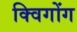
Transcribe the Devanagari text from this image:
क्विगोंग